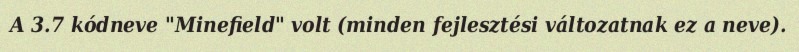
A 3.7 kódneve "Minefield" volt (minden fejlesztési változatnak ez a neve).